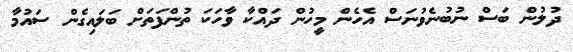
ދުލުން ބަސް ނުބުނެވުނަސް އެހެން މީހުން ދައްކާ ވާހަކަ ތުންފަތަށް ބަލައިގެން ސައުމާ